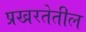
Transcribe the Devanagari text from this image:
प्रखरतेतील